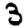
Digit: 3